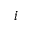
i